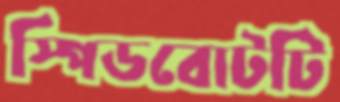
স্পিডবোটটি